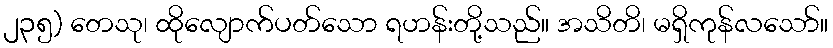
၂၃၅) တေသု၊ ထိုလျောက်ပတ်သော ရဟန်းတို့သည်။ အသိတိ၊ မရှိကုန်လသော်။